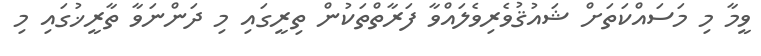
ވީމާ މި މަސައްކަތަށް ޝައުޤުވެރިވެލައްވާ ފަރާތްތަކުން ތިރީގައި މި ދަންނަވާ ތާރީޚުގައި މި